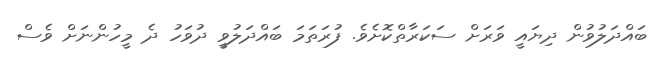
ބައްދަލުވުން ދިޔައީ ވަރަށް ސަކަރާތްކޮށެވެ. ފުރަތަމަ ބައްދަލުވީ ދުވަހު ދެ މީހުންނަށް ވެސް